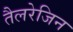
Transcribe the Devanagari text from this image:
तैलरेजिन